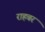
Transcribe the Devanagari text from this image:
राहबर